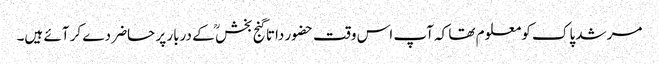
مرشد پاک کو معلوم تھا کہ آپ اس وقت حضور داتا گنج بخش ؒ کے دربار پر حاضر دے کر آئے ہیں۔